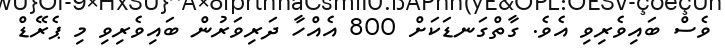
ވެސް ބައިވެރިވި އެވެ. ގާތްގަނޑަކަށް 800 އެއްހާ ދަރިވަރުން ބައިވެރިވި މި ޕެރޭޑް